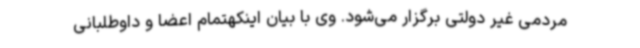
مردمی غیر دولتی برگزار می‌شود. وی با بیان اینکهتمام اعضا و داوطلبانی